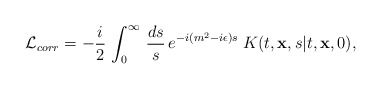
\begin{align*}{\cal L}_{corr}= - {i \over 2}\, \int_{0}^{\infty}\, {ds \over s}\,e^{-i(m^2-i\epsilon)s}\;K(t, {\bf x}, s\vert t, {\bf x}, 0),\end{align*}